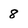
Character: 8